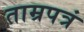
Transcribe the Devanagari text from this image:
ताम्रपत्रं